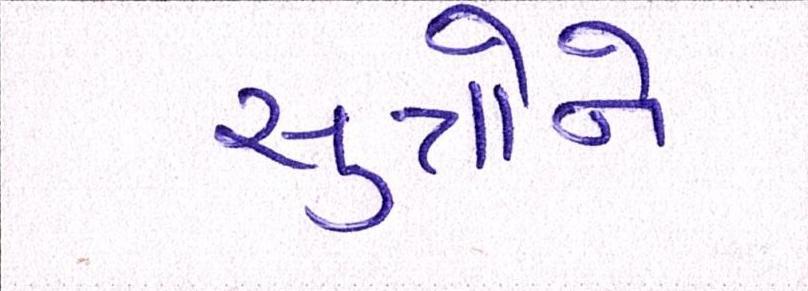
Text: સુત્રોને